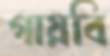
গায়বি